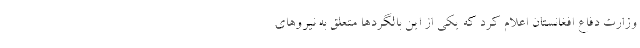
وزارت دفاع افغانستان اعلام کرد که یکی از این بالگردها متعلق به نیروهای